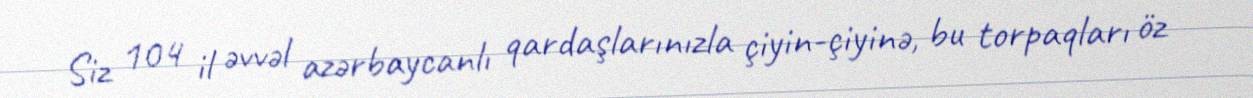
Siz 104 il əvvəl azərbaycanlı qardaşlarınızla çiyin-çiyinə, bu torpaqları öz